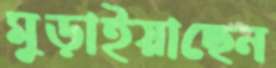
মুড়াইয়াছেন